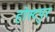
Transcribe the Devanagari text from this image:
होस्टपुर